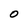
Character: 0